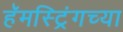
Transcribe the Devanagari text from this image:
हॅमस्ट्रिंगच्या